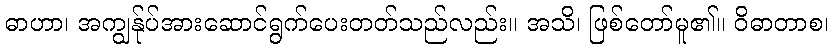
ဓာဟာ၊ အကျွန်ုပ်အားဆောင်ရွက်ပေးတတ်သည်လည်း။ အသိ၊ ဖြစ်တော်မူ၏။ ဝိဓာတာစ၊